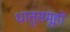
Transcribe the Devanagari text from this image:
धातुसमूहों